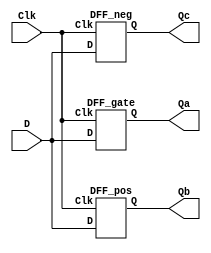
//
// ============================================================
// Laboratory: 	Lab 3 - Part 4 - Digital Logic
// Description:	Explore three different types of D-Flip Flops (DFF); 
//				gated DFF, edge triggered DFF, and negative edge triggered 
//				DFF. Further utilize behavioral style (e.g. "always @") 
//				Verilog as opposed to previous dataflow style (e.g "assign")
//					
//				We won't implement the design on the DE1 board, instead 
//				we'll verify the design via simulation. 
//
// By:			K. Walsh
//

// ============================================================
//
//
//
// Top Level Module
module part4 (
	input D, Clk,
	output Qa, Qb, Qc);
	
	// Instantatiate DFFs
	DFF_gate dff0 (.D(D),.Clk(Clk),.Q(Qa));
	DFF_pos  dff1 (.D(D),.Clk(Clk),.Q(Qb));
	DFF_neg  dff2 (.D(D),.Clk(Clk),.Q(Qc));
	
endmodule
//
// ============================================================
//
//
//
// Gated DFF Module
module DFF_gate (
	input D, Clk,
	output reg Q);
	
	always @ (D, Clk)
		if (Clk)
			Q = D;
	
	// Standard gated DFF Truth Table
	//
	// D	Clk	Q
	//_____________
	//
	// 0	0		0	
	// 0	1		0
	// 1	0		0
	// 1	1		1
	
endmodule
//
//
//
// (+) Edge DFF Module
module DFF_pos (
	input D, Clk,
	output reg Q);
	
	always @ (posedge Clk)
		if (Clk)
			Q = D;
		
	// Positive Edge DFF
	// Q = D only on the rising edge of 'Clk'
	
endmodule
//
//
//
// (-) Edge DFF Module
module DFF_neg (
	input D, Clk,
	output reg Q);
	
	always @ (negedge Clk)
		if (~Clk)
			Q = D;
	
	// Negative Edge DFF
	// Q = D only on the falling edge of 'Clk'
	
endmodule